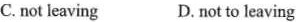
C. not leaving D.not to leaving